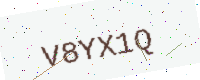
Text: V8YX1Q